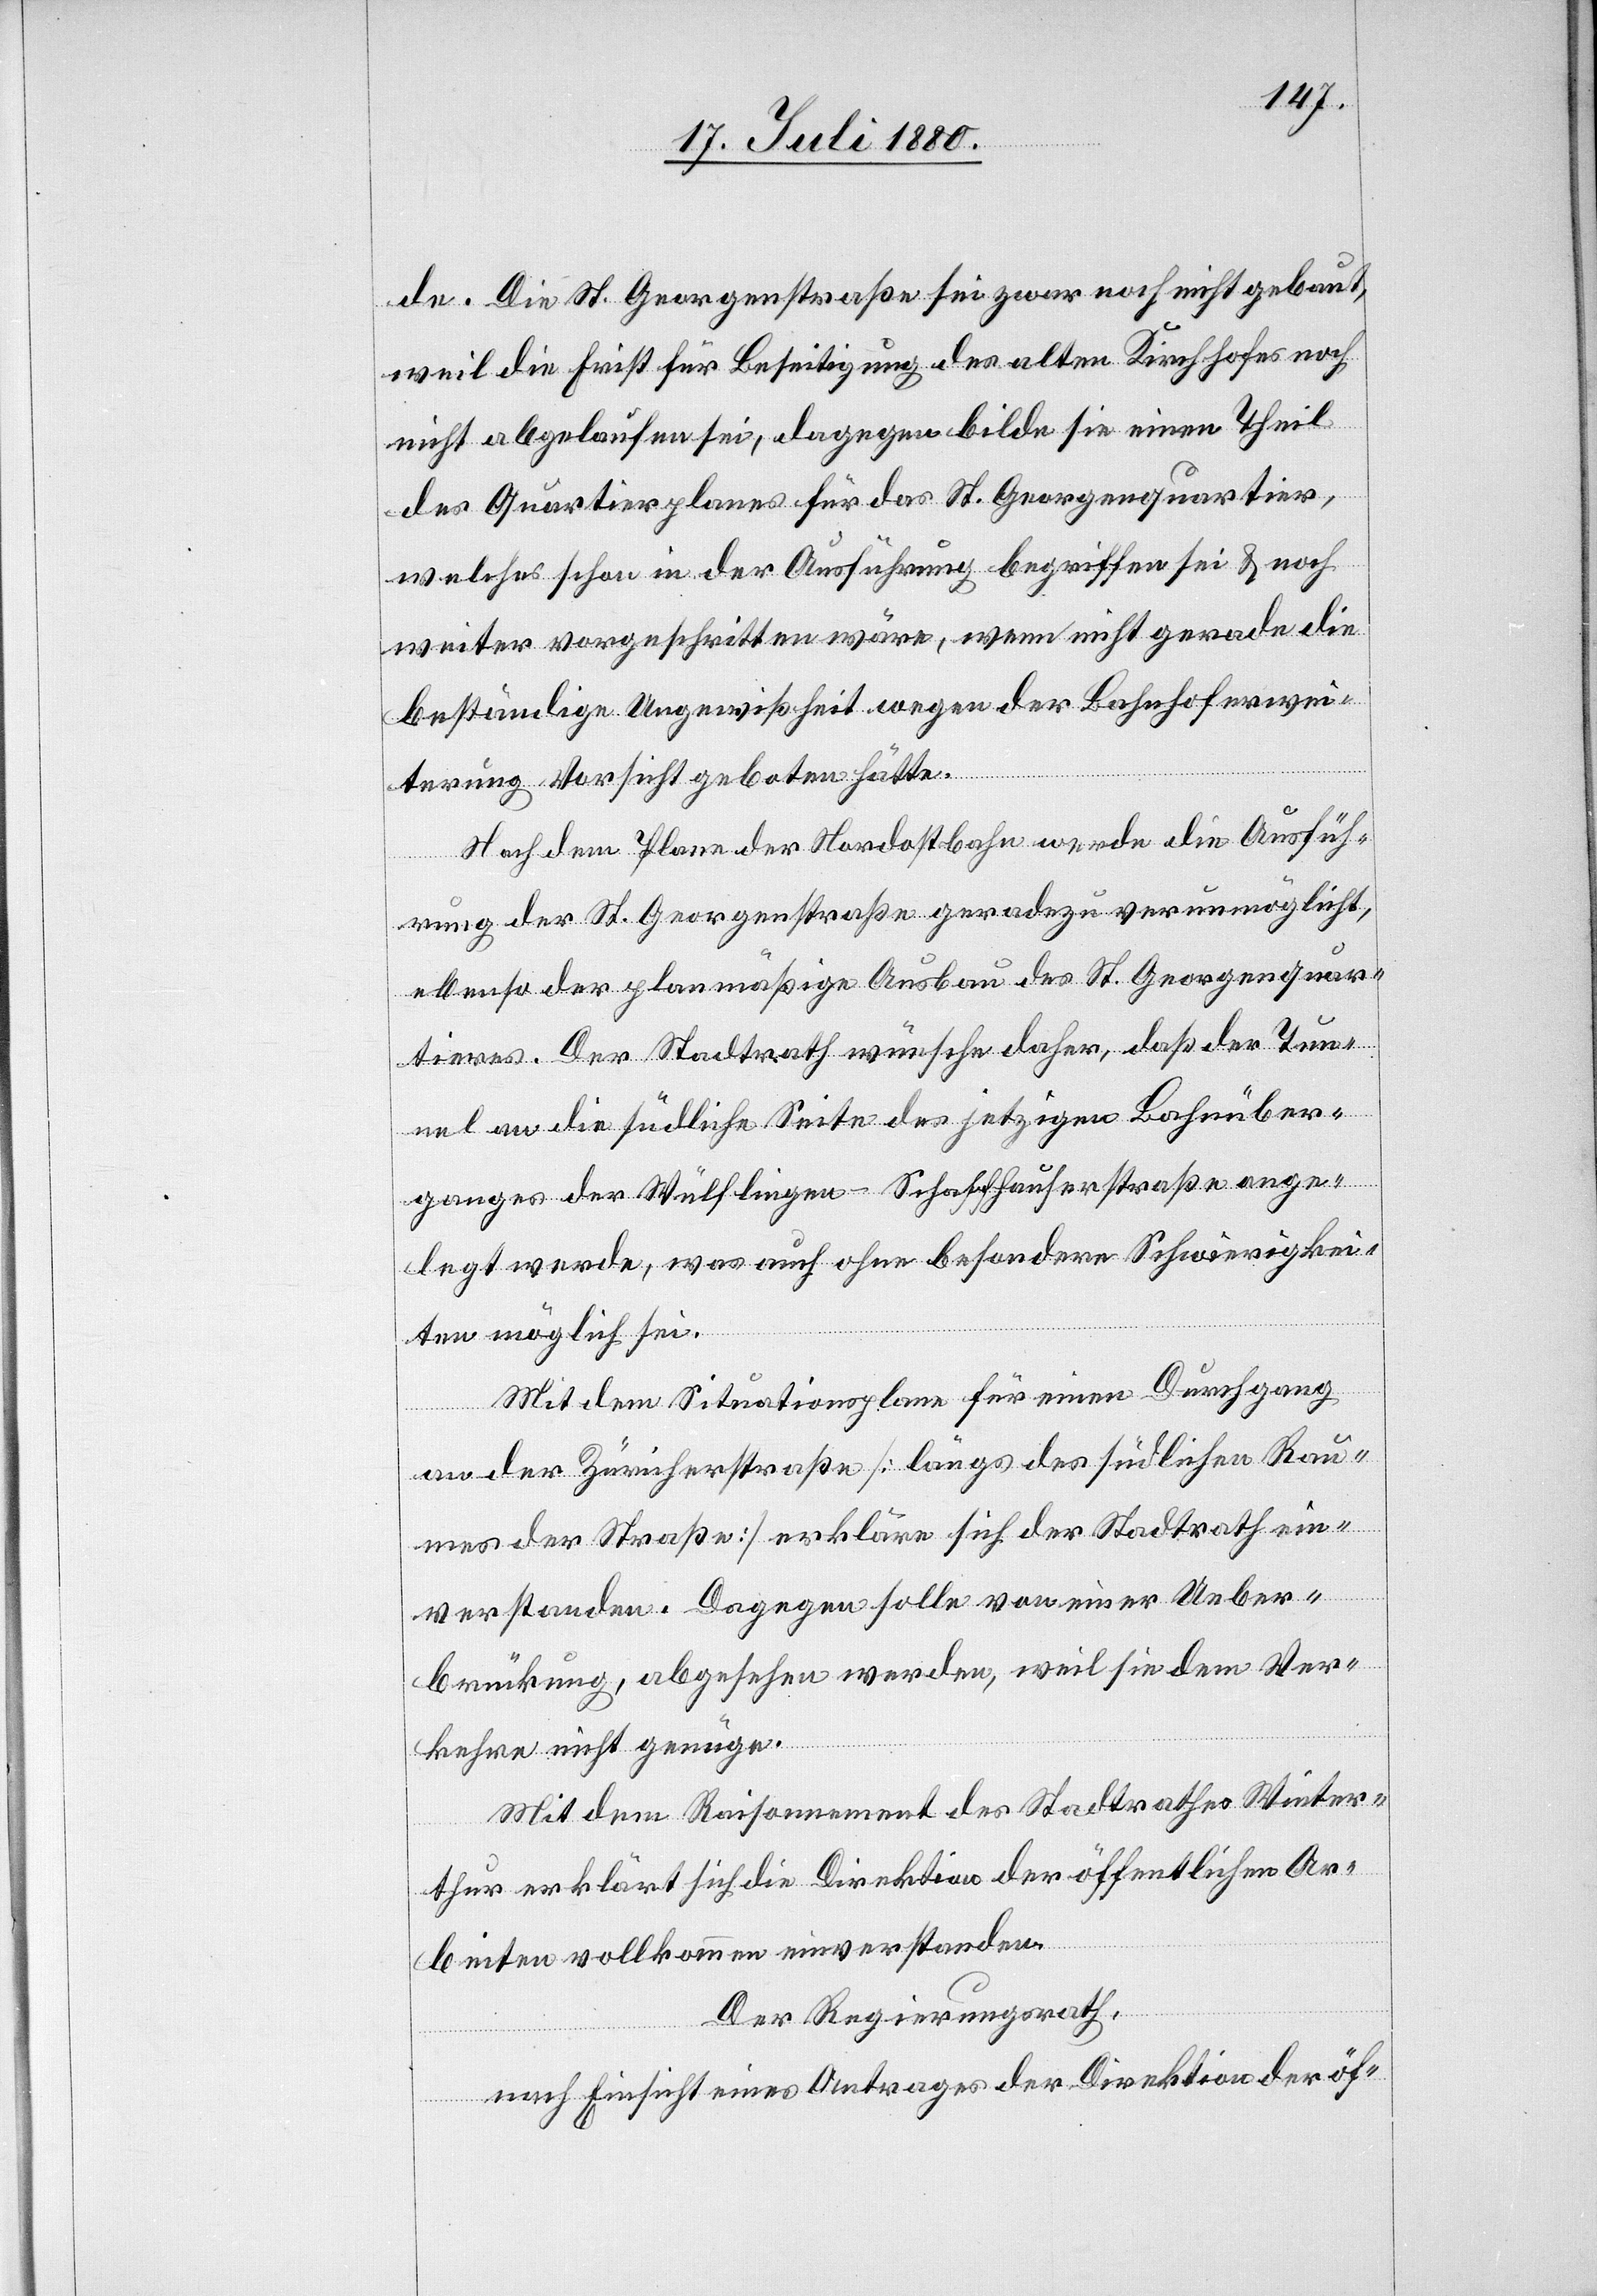
de. Die St. Georgenstraße sei zwar noch nicht gebaut,
weil die Frist für Beseitigung des alten Kirchhofes noch
nicht abgelaufen sei, dagegen bilde sie einen Theil
des Quartierplanes für das St. Georgenquartier,
welches schon in der Ausführung begriffen sei & noch
weiter vorgeschritten wäre, wenn nicht gerade die
beständige Ungewißheit wegen der Bahnhoferwei¬
terung Vorsicht geboten hätte.
Nach dem Plan der Nordostbahn werde die Ausfüh¬
rung der St. Georgenstraße geradezu verunmöglicht,
ebenso der planmäßige Ausbau des St. Georgenquar¬
tieres. Der Stadtrath wünsche daher, daß der Tunn¬
el an die südliche Seite des jetzigen Bahnüber¬
ganges der Wülflingen–Schaffhauserstraße ange¬
legt werde, was auch ohne besondere Schwierigkei¬
ten möglich sei.
Mit dem Situationsplan für einen Durchgang
an der Züricherstraße [längs des südlichen Rau¬
mes der Straße] erkläre sich der Stadtrath ein¬
verstanden. Dagegen solle von einer Ueber¬
brückung, abgesehen werden, weil sie dem Ver¬
kehre nicht genüge.
Mit dem Raisonnement des Stadtrathes Winter¬
thur erklärt sich die Direktion der öffentlichen Ar¬
beiten vollkommen einverstanden.
Der Regierungsrath,
nach Einsicht eines Antrages der Direktion der öf-